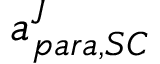
a _ { p a r a , S C } ^ { J }